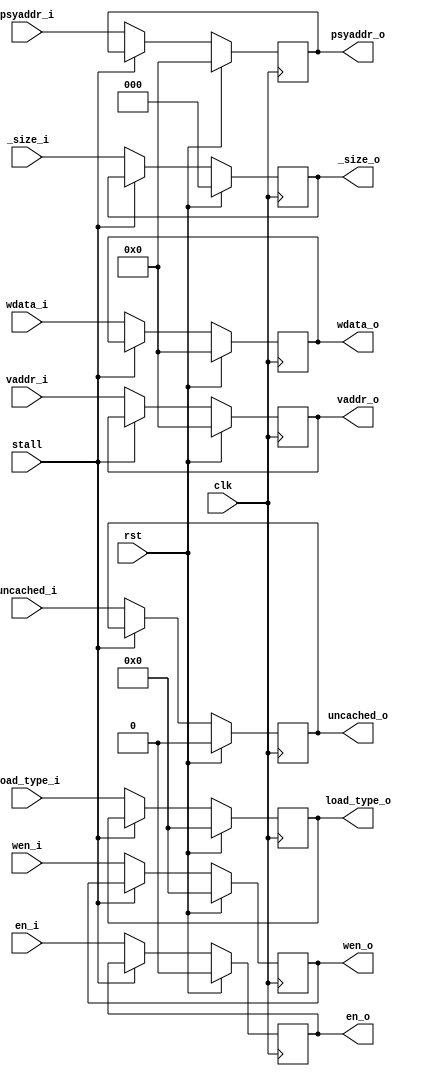
`timescale 1ns / 1ps

module request_buffer (
    input   wire        clk,
    input   wire        rst,
    input   wire        stall,

    input   wire        en_i,
    input   wire [3 :0] wen_i,
    input   wire [2 :0] _size_i,
    input   wire        uncached_i,
    input   wire [3 :0] load_type_i,
    input   wire [31:0] vaddr_i,
    input   wire [31:0] psyaddr_i,
    input   wire [31:0] wdata_i,
    output  reg         en_o,
    output  reg  [3 :0] wen_o,
    output  reg  [2 :0] _size_o,
    output  reg         uncached_o,
    output  reg  [3 :0] load_type_o,
    output  reg  [31:0] vaddr_o,
    output  reg  [31:0] psyaddr_o,
    output  reg  [31:0] wdata_o
);

    always @(posedge clk) begin
        if (rst) begin
            en_o        <= 1'b0;
            wen_o       <= 4'h0;
            load_type_o <= 4'h0;
            vaddr_o     <= 32'h0;
            psyaddr_o   <= 32'h0;
            wdata_o     <= 32'h0;
            uncached_o  <= 1'b0;
            _size_o     <= 3'h0;
        end else if (!stall) begin
            en_o        <= en_i;
            wen_o       <= wen_i;
            uncached_o  <= uncached_i;
            load_type_o <= load_type_i;
            vaddr_o     <= vaddr_i;
            psyaddr_o   <= psyaddr_i;
            wdata_o     <= wdata_i;
            _size_o     <= _size_i;
        end
    end

endmodule